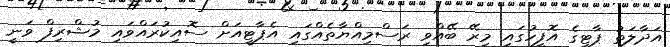
އަދާލަތު ޕާޓީގެ އޮފީހުގައި މިރޭ ބޭއްވި ރަސްމިއްޔާތެއްގައި އެޕާޓީއަށް ސޮއިކުރައްވައި މުޝްރިފް ވަނީ